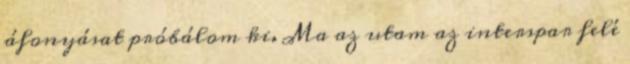
áfonyásat próbálom ki. Ma az utam az interspar felé